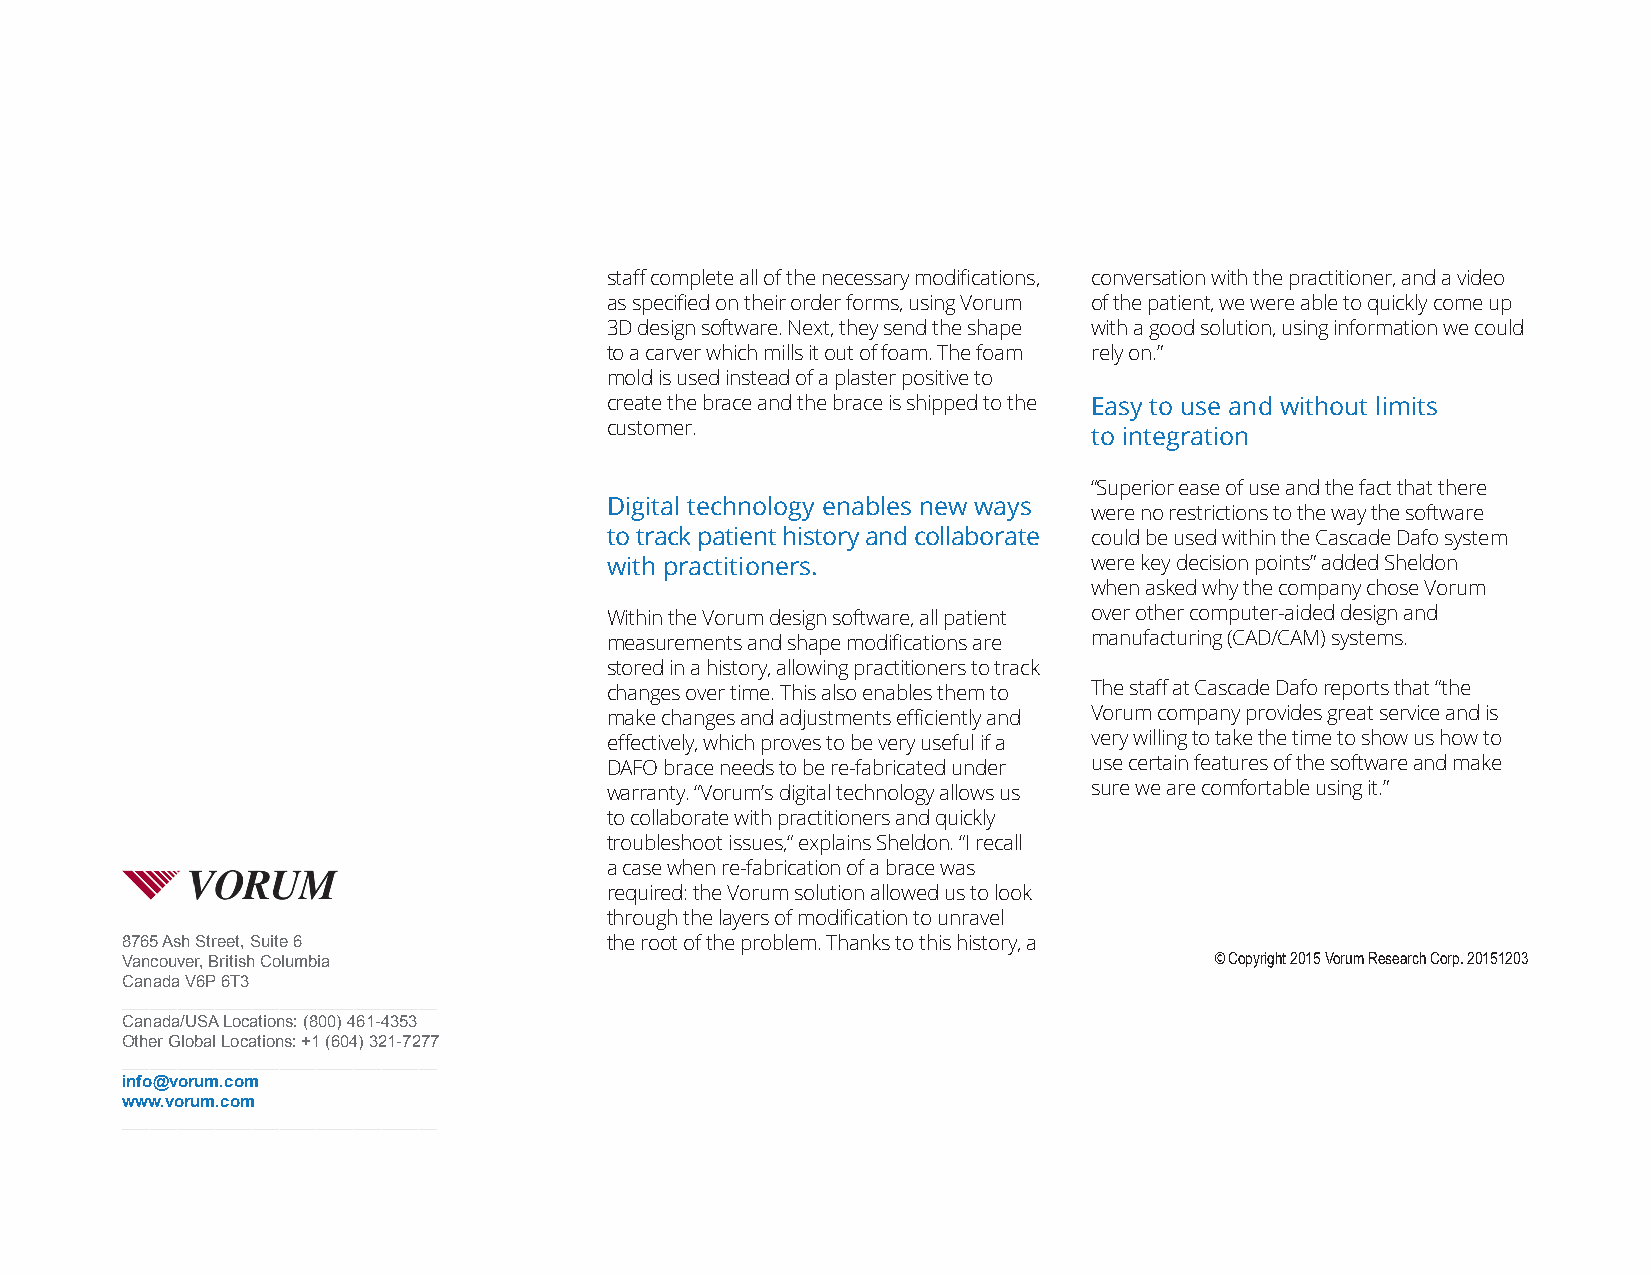
staff complete all of the necessary modifications, conversation with the practitioner, and a video
 as specified on their order forms, using Vorum of the patient, we were able to quickly come up
 3D design software. Next, they send the shape with a good solution, using information we could
 to a carver which mills it out of foam. The foam rely on.”
 mold is used instead of a plaster positive to
 create the brace and the brace is shipped to the Easy to use and without limits
 customer.
 to integration
 “Superior ease of use and the fact that there
 Digital technology enables new ways
 were no restrictions to the way the software
 to track patient history and collaborate could be used within the Cascade Dafo system
 with practitioners.             were key decision points” added Sheldon
 when asked why the company chose Vorum
 Within the Vorum design software, all patient over other computer-aided design and
 measurements and shape modifications are manufacturing (CAD/CAM) systems.
 stored in a history, allowing practitioners to track
 changes over time. This also enables them to The staff at Cascade Dafo reports that “the
 make changes and adjustments efficiently and Vorum company provides great service and is
 effectively, which proves to be very useful if a very willing to take the time to show us how to
 DAFO brace needs to be re-fabricated under use certain features of the software and make
 warranty. “Vorum’s digital technology allows us sure we are comfortable using it.”
 to collaborate with practitioners and quickly
 troubleshoot issues,“ explains Sheldon. “I recall
 a case when re-fabrication of a brace was
 required: the Vorum solution allowed us to look
 through the layers of modification to unravel
 8765 Ash Street, Suite 6        the root of the problem. Thanks to this history, a
 Vancouver, British Columbia                                             © Copyright 2015 Vorum Research Corp. 20151203
 Canada V6P 6T3
 __________________________________
 Canada/USA Locations: (800) 461-4353
 Other Global Locations: +1 (604) 321-7277
 __________________________________
 info@vorum.com
 www.vorum.com
 __________________________________